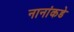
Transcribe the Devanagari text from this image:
नानांकडे